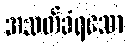
အသတ်ခံရသော